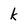
Character: k